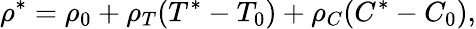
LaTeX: \rho^{*}=\rho_{0}+\rho_{T}(T^{*}-T_{0})+\rho_{C}(C^{*}-C_{0}),